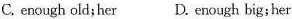
C. enough old;her D. enough big; her